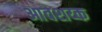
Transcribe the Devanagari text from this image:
आवशय्क